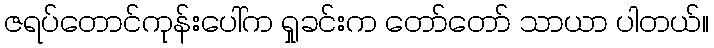
ဇရပ်တောင်ကုန်းပေါ်က ရှုခင်းက တော်တော် သာယာ ပါတယ်။